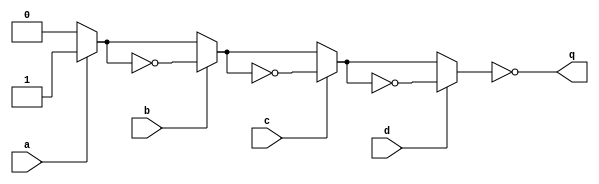
module top_module (
    input a,
    input b,
    input c,
    input d,
    output q );//

    reg x;
    always @(*) begin
        x = 0;
        x = a ? ~x : x;
        x = b ? ~x : x;
        x = c ? ~x : x;
        x = d ? ~x : x;
    end

    assign q = ~x; // Fix me

endmodule